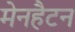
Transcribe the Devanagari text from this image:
मेनहैटन